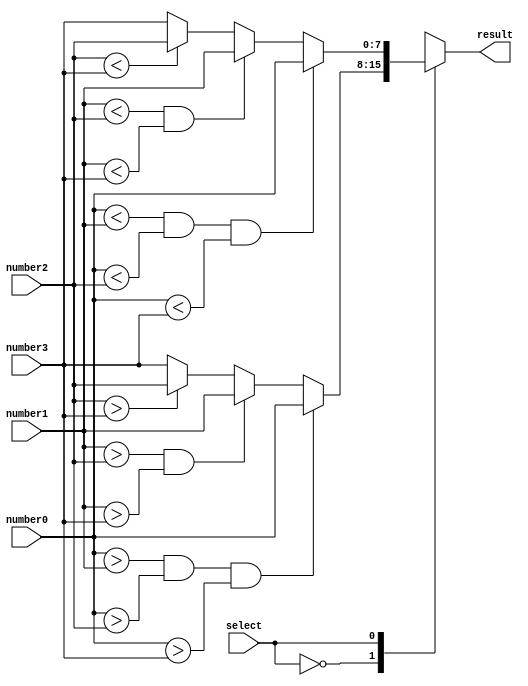
module MMS_4num(result, select, number0, number1, number2, number3);

input        select;
input  [7:0] number0;
input  [7:0] number1;
input  [7:0] number2;
input  [7:0] number3;
output reg [7:0] result; 

always @(*) begin
  case (select)
    1'b0: begin // find the maximum value
       if (number0 > number1 && number0 > number2 && number0 > number3)
            result <= number0;
       else if (number1 > number2 && number1 > number3) 
            result <= number1;
       else if (number2 > number3) 
             result <= number2;
       else 
            result <= number3;
     end
     1'b1: begin // find the minimum value
        if (number0 < number1 && number0 < number2 && number0 < number3)
            result <= number0;
        else if (number1 < number2 && number1 < number3)
            result <= number1;
        else if (number2 < number3)
            result <= number2;
        else
            result <= number3;
      end
  endcase
end

endmodule